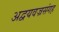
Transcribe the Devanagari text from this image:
अद्वयवज्रसंगह